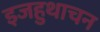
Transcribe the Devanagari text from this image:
इजहुथाचन